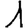
Digit: 1